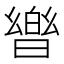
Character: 𭧡